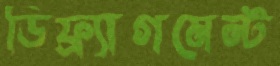
ডিফ্র্যাগমেন্ট